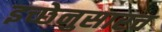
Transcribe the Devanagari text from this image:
इच्छेनुसारच